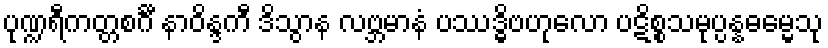
ပုဏ္ဍရီကတ္တစင်္ဂီ နာဝိန္ဒကီ ဒိသွာန လဗ္ဘမာနံ ပဿဒ္ဓိဗဟုလော ပဋိစ္စသမုပ္ပန္နဓမ္မေသု